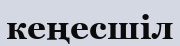
кеңесшіл